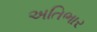
અતિભાર